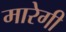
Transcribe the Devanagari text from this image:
मारेगी